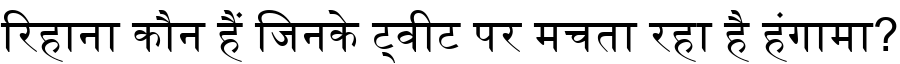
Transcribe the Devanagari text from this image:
रिहाना कौन हैं जिनके ट्वीट पर मचता रहा है हंगामा?